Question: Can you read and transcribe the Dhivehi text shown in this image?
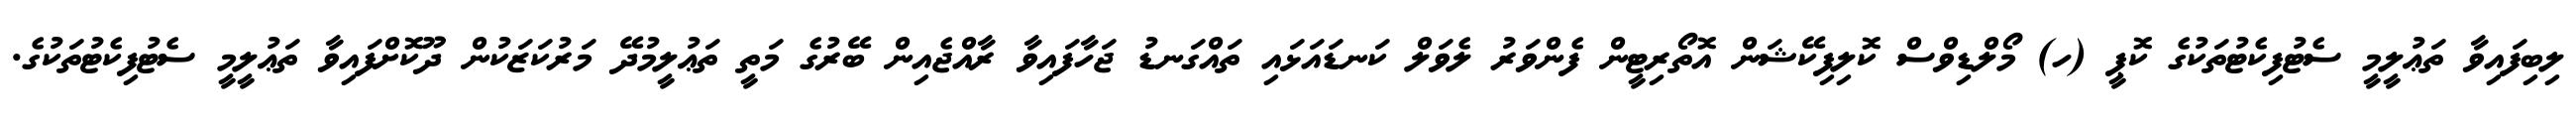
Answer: ލިބިފައިވާ ތަޢުލީމީ ސެޓުފިކެޓުތަކުގެ ކޮޕީ (ހ) މޯލްޑިވްސް ކޮލިފިކޭޝަން އޮތޯރިޓީން ފެންވަރު ލެވަލް ކަނޑައަޅައި ތައްގަނޑު ޖަހާފައިވާ ރާއްޖެއިން ބޭރުގެ މަތީ ތަޢުލީމުދޭ މަރުކަޒަކުން ދޫކޮށްފައިވާ ތަޢުލީމީ ސެޓުފިކެޓުތަކުގެ.